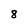
Character: 8